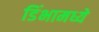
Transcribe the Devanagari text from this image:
डिंभामध्ये